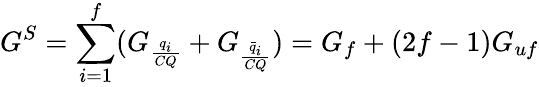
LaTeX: G^{S}=\sum_{i=1}^{f}(G_{\frac{q_{i}}{CQ}}+G_{\frac{\bar{q}_{i}}{CQ}})=G_{f}+(2f-1)G_{uf}